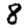
Digit: 8